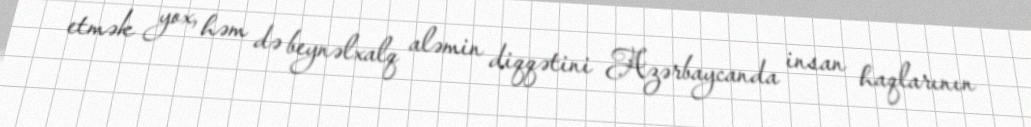
etmək yox, həm də beynəlxalq aləmin diqqətini Azərbaycanda insan haqlarının